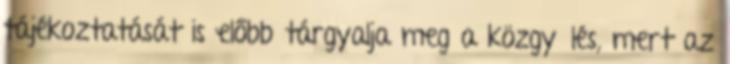
tájékoztatását is előbb tárgyalja meg a közgyűlés, mert az